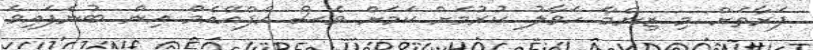
ފަރާތަށް މި ޒިންމާ ހަވާލު ކުރުމަށް ކަމަށް ވެސް އެފްއޭއެމް އިން ބުނެފައިވެ